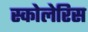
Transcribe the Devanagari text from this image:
स्कोलेरिस